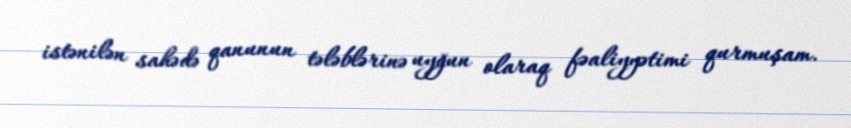
istənilən sahədə qanunun tələblərinə uyğun olaraq fəaliyyətimi qurmuşam.